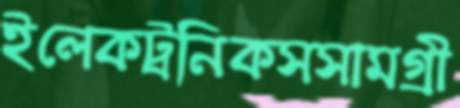
ইলেকট্রনিকসসামগ্রী